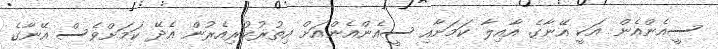
ސީއެންއެން އަކީ އޭނާގެ އާއިލާ ކަމަށާއި ސީއެންއެންއަށް އިތުރުކުރިއެރުން އެދޭ ކަމަށްވެސް އޭނާގެ